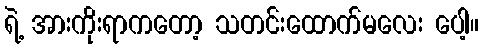
ရဲ့ အားကိုးရာကတော့ သတင်းထောက်မလေး ပေါ့။